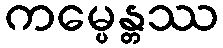
ကမ္ပေန္တဿ